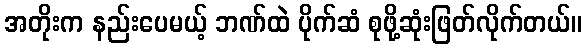
အတိုးက နည်းပေမယ့် ဘဏ်ထဲ ပိုက်ဆံ စုဖို့ဆုံးဖြတ်လိုက်တယ်။